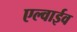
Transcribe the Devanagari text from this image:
एल्वाईव